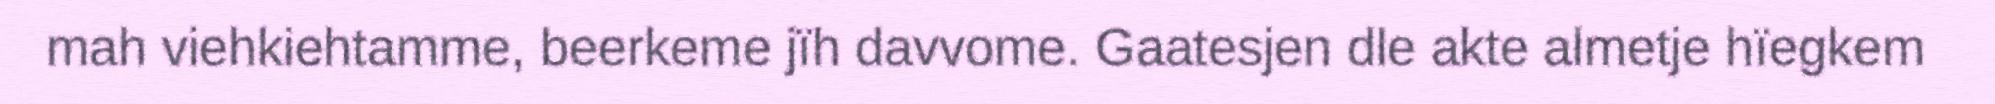
mah viehkiehtamme, beerkeme jïh davvome. Gaatesjen dle akte almetje hïegkem